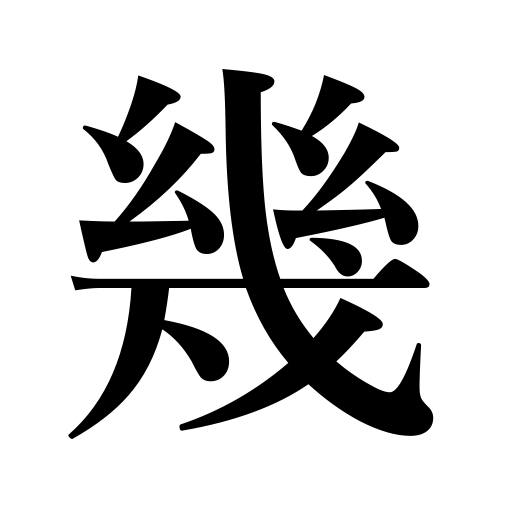
Meanings: how much,so much per,howeverdifficult,many,some,how many,how far,several,how long